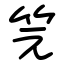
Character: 笎